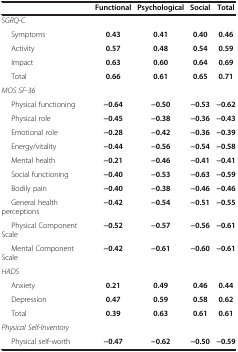
|  | Functional | Psychological | Social | Total |
 | --- | --- | --- | --- | --- |
 | SGRQ-C |  |  |  |  |
 | Symptoms | 0.43 | 0.41 | 0.40 | 0.46 |
 | Activity | 0.57 | 0.48 | 0.54 | 0.59 |
 | Impact | 0.63 | 0.60 | 0.64 | 0.69 |
 | Total | 0.66 | 0.61 | 0.65 | 0.71 |
 | MOS SF-36 |  |  |  |  |
 | Physical functioning | -0.64 | -0.50 | -0.53 | -0.62 |
 | Physical role | -0.45 | -0.38 | -0.36 | -0.43 |
 | Emotional role | -0.28 | -0.42 | -0.36 | -0.39 |
 | Energy/vitality | -0.44 | -0.56 | -0.54 | -0.58 |
 | Mental health | -0.21 | -0.46 | -0.41 | -0.41 |
 | Social functioning | -0.40 | -0.53 | -0.63 | -0.59 |
 | Bodily pain | -0.40 | -0.38 | -0.46 | -0.46 |
 | General health perceptions | -0.42 | -0.54 | -0.51 | -0.55 |
 | Physical Component Scale | -0.52 | -0.57 | -0.56 | -0.61 |
 | Mental Component Scale | -0.42 | -0.61 | -0.60 | -0.61 |
 | HADS |  |  |  |  |
 | Anxiety | 0.21 | 0.49 | 0.46 | 0.44 |
 | Depression | 0.47 | 0.59 | 0.58 | 0.62 |
 | Total | 0.39 | 0.63 | 0.61 | 0.61 |
 | Physical Self-Inventory |  |  |  |  |
 | Physical self-worth | -0.47 | -0.62 | -0.50 | -0.59 |